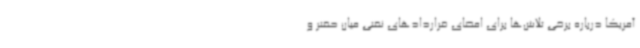
آمریکا درباره برخی تلاش‌ها برای امضای قراردادهای نفتی میان حفتر و